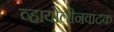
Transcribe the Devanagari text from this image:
व्हायोलीनवादक